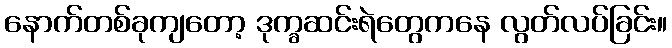
နောက်တစ်ခုကျတော့ ဒုက္ခဆင်းရဲတွေကနေ လွတ်လပ်ခြင်း။